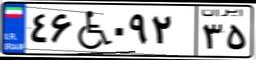
۴۴W۶۸۳۹۱